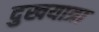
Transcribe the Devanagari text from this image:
दुखयात्रा